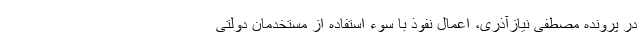
در پرونده مصطفی نیازآذری، اعمال نفوذ با سوء استفاده از مستخدمان دولتی